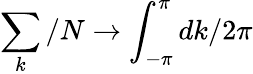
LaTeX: \sum_{k}/N\rightarrow\int_{-\pi}^{\pi}dk/{2\pi}